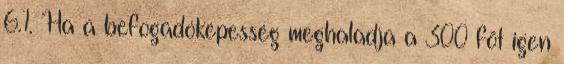
6.1. Ha a befogadóképesség meghaladja a 300 fõt igen